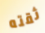
ثقته